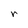
Character: r